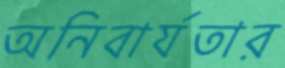
অনিবার্যতার